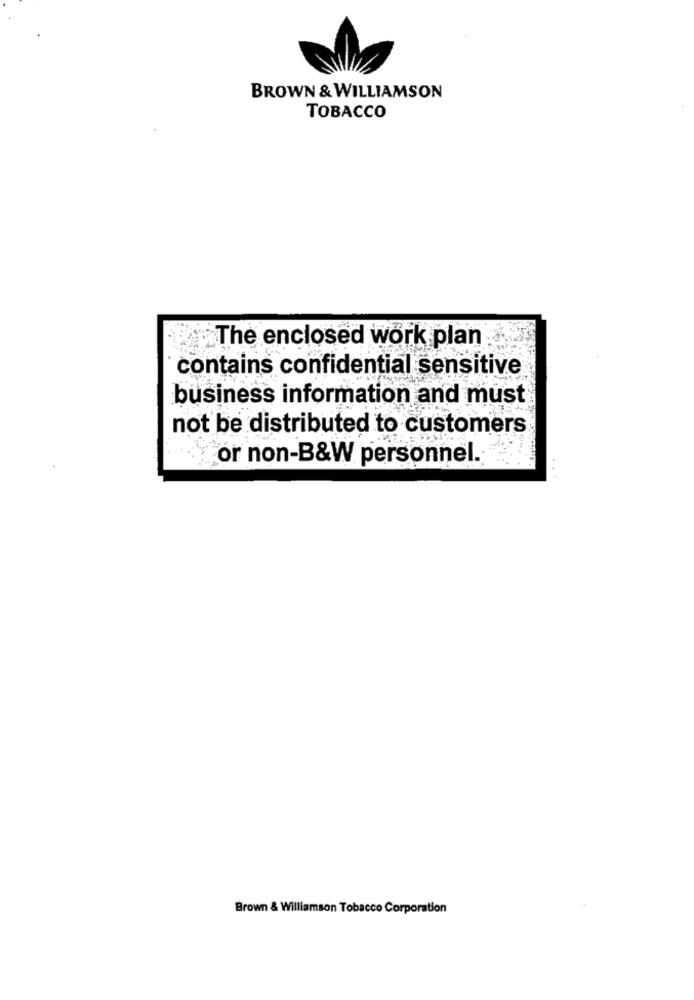
BROWN & WILLIAMSON
TOBACCO
The enclosed work plan
contains confidential sensitive
business information and must
not be distributed to customers
or non-B&W personnel.
Brown & Williamson Tobacco Corporation